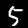
Digit: 5